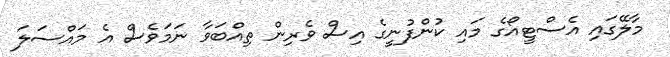
މާލޭގައި އެސްޓީއޯގެ މައި ކުންފުނީގެ އިސް ވެރިން ތިއްބަވާ ނަމަވެސް އެ މައްސަލަ